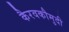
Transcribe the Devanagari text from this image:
कैरवकौमुदी